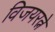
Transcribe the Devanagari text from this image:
विजयरत्ने